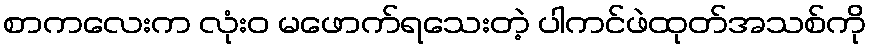
စာကလေးက လုံးဝ မဖောက်ရသေးတဲ့ ပါကင်ဖဲထုတ်အသစ်ကို